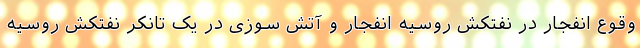
وقوع انفجار در نفتکش روسیه انفجار و آتش سوزی در یک تانکر نفتکش روسیه